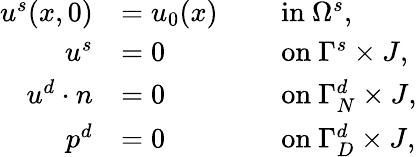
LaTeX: \begin{array}{rlrl}{u^{s}(x,0)}&{=u_{0}(x)}&&{\mathrm{~in~}\Omega^{s},}\\ {u^{s}}&{=0}&&{\mathrm{~on~}\Gamma^{s}\times J,}\\ {u^{d}\cdot n}&{=0}&&{\mathrm{~on~}\Gamma_{N}^{d}\times J,}\\ {p^{d}}&{=0}&&{\mathrm{~on~}\Gamma_{D}^{d}\times J,}\end{array}